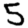
Digit: 5